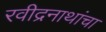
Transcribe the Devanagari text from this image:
रवीद्रनाथांचा